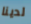
لدينا